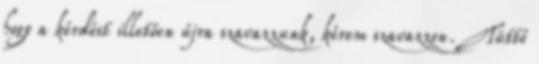
hogy a kérdést illetően újra szavazzunk, kérem szavazzon. Tüttő